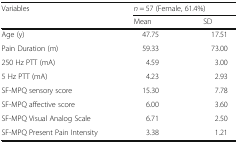
<table><thead><tr><td rowspan="2"><b>Variables</b></td><td colspan="2"><b><i>n</i> = 57 (Female, 61.4%)</b></td></tr><tr><td><b>Mean</b></td><td><b>SD</b></td></tr></thead><tbody><tr><td>Age (y)</td><td>47.75</td><td>17.51</td></tr><tr><td>Pain Duration (m)</td><td>59.33</td><td>73.00</td></tr><tr><td>250 Hz PTT (mA)</td><td>4.59</td><td>3.00</td></tr><tr><td>5 Hz PTT (mA)</td><td>4.23</td><td>2.93</td></tr><tr><td>SF-MPQ sensory score</td><td>15.30</td><td>7.78</td></tr><tr><td>SF-MPQ affective score</td><td>6.00</td><td>3.60</td></tr><tr><td>SF-MPQ Visual Analog Scale</td><td>6.71</td><td>2.50</td></tr><tr><td>SF-MPQ Present Pain Intensity</td><td>3.38</td><td>1.21</td></tr></tbody></table>